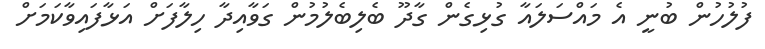
ފުލުހުން ބުނީ އެ މައްސަލައާ ގުޅިގެން ގާދޫ ބެލިބެލުމުން ގަވާއިދާ ހިލާފަށް އަޅާފައިވާކަމަށް